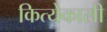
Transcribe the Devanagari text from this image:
कित्येकासी